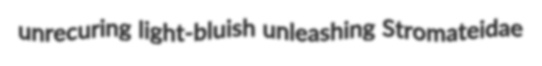
unrecuring light-bluish unleashing Stromateidae